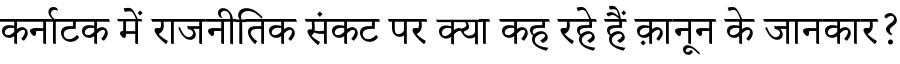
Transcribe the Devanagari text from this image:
कर्नाटक में राजनीतिक संकट पर क्या कह रहे हैं क़ानून के जानकार?